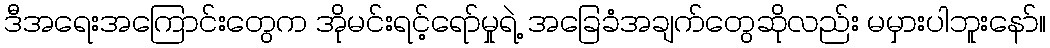
ဒီအရေးအကြောင်းတွေက အိုမင်းရင့်ရော်မှုရဲ့ အခြေခံအချက်တွေဆိုလည်း မမှားပါဘူးနော်။